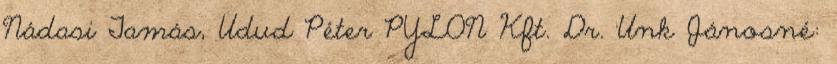
Nádasi Tamás, Udud Péter PYLON Kft. Dr. Unk Jánosné: